Lock hospitals Punjab
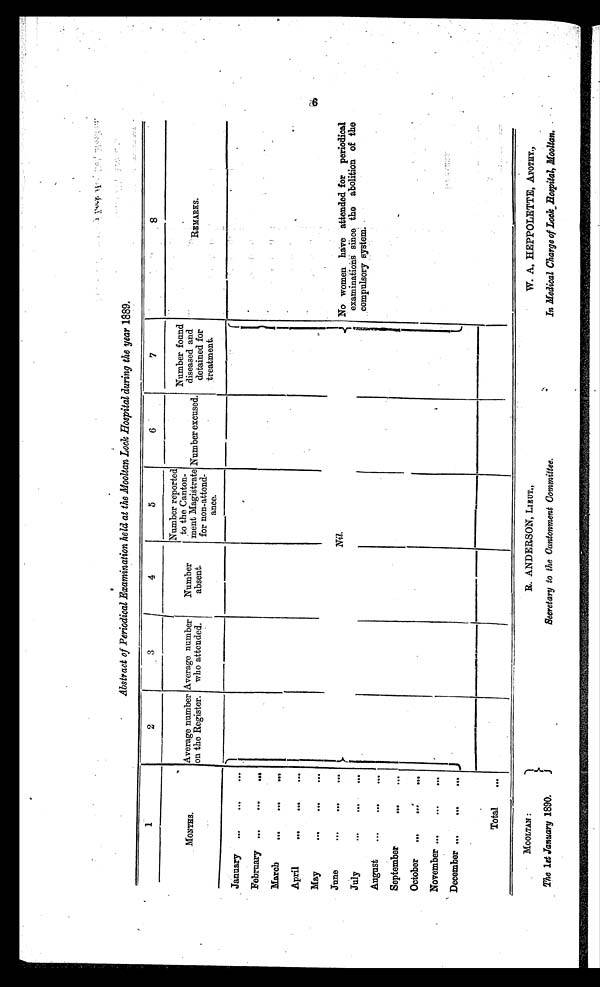
MOOLTAN :
The 1st January 1890.
R. ANDERSON, LIEUT.,
Secretary to the Cantonment Committee.
W. A. HEPPOLETTE, APOTHY.,
In Medical Charge of Lock hospital, Mooltan.
Abstract of Periodical Examination held at the Mooltan Lock Hospital during the year 1889.
1
2
3
4
5
6
7
8
MONTHS.
Average number
on the Register.
Average number
who attended.
Number
absent.
Number reported
to the Canton-
ment Magistrate
for non-attend-
ance.
Number excused.
Number found
diseased and
detained for
treatment.
REMARKS.
January ...
. . .
. . .
Nil.
No women have attended for periodical
examinations since the abolition of the
compulsory system.
February ...
. . .
. . .
March
. . .
. . .
. . .
April
. . .
. . .
...
May
. . .
. ..
.
. .
June
. . .
...
. . .
July
. . .
. . .
. . .
August
...
. . .
. . .
September
. . .
. . .
October
...
...
. . .
November ...
. . .
. . .
December ...
. . .
. . .
Total
. . .